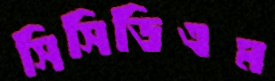
সিসিডিএম